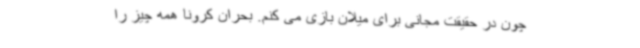
چون در حقیقت مجانی برای میلان بازی می کنم. بحران کرونا همه چیز را